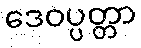
ဒေဝပ္ပတ္တာ